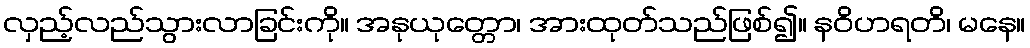
လှည့်လည်သွားလာခြင်းကို။ အနုယုတ္တော၊ အားထုတ်သည်ဖြစ်၍။ နဝိဟရတိ၊ မနေ။